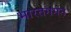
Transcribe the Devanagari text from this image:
भारतगमन